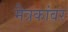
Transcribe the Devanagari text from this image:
मैत्रकांवर